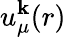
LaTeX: u_{\mu}^{\mathbf{k}}(r)